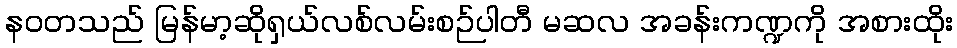
နဝတသည် မြန်မာ့ဆိုရှယ်လစ်လမ်းစဉ်ပါတီ မဆလ အခန်းကဏ္ဍကို အစားထိုး